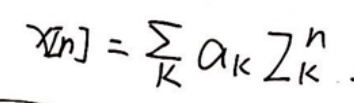
\[ x[n]=\sum_{k} a_{k} z_{k}^{n} \]